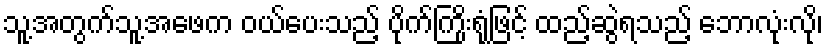
သူ့အတွက်သူ့အဖေက ဝယ်ပေးသည့် ပိုက်ကြိုးရုံဖြင့် ထည့်ဆွဲရသည့် ဘောလုံးလို၊